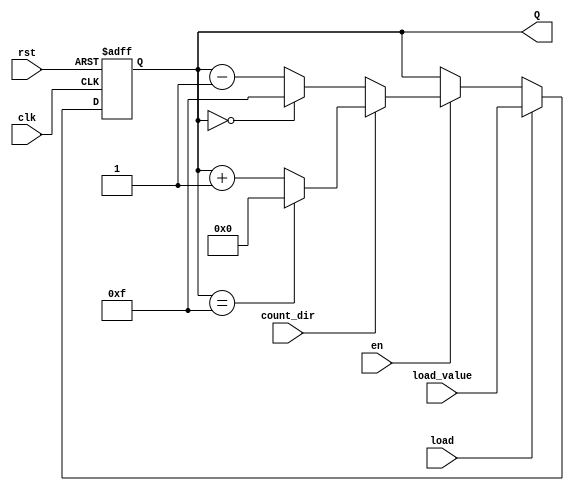
module binary_counter #(
    parameter WIDTH = 4 // Width of the counter (number of bits)
)(
    input wire clk,         // Clock signal
    input wire rst,         // Asynchronous reset signal
    input wire en,          // Enable signal for counting
    input wire load,        // Load signal to load a specific value
    input wire [WIDTH-1:0] load_value, // Value to load into the counter
    input wire count_dir,   // Count direction: 1 for up, 0 for down
    output reg [WIDTH-1:0] Q // Current count value
);

    always @(posedge clk or posedge rst) begin
        if (rst) begin
            Q <= 0; // Reset the counter to zero
        end else if (load) begin
            Q <= load_value; // Load the specified value into the counter
        end else if (en) begin
            if (count_dir) begin
                // Count up
                if (Q == {WIDTH{1'b1}}) begin
                    Q <= 0; // Wrap around to zero if maximum value is reached
                end else begin
                    Q <= Q + 1; // Increment the counter
                end
            end else begin
                // Count down
                if (Q == 0) begin
                    Q <= {WIDTH{1'b1}}; // Wrap around to maximum value if zero is reached
                end else begin
                    Q <= Q - 1; // Decrement the counter
                end
            end
        end
    end

endmodule